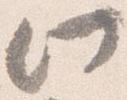
此